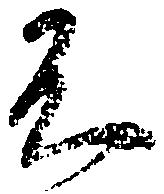
不